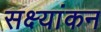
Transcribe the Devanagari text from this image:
सक्ष्यांकन